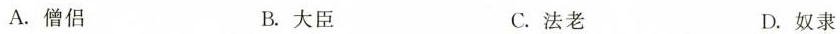
A.僧侣 B.大臣 C.法老 D.奴隶